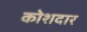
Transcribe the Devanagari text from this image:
कोशदार